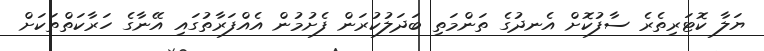
ޔަލާ ކޮޓަރިތެރެ ސާފުކޮށް އެނދުގެ ތަންމަތި ބަދަލުކުރަން ފެށުމުން އެއްފަރާތުގައި އޭނާގެ ހަރާކަތްތަކަށް